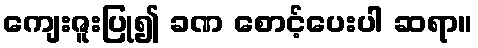
ကျေးဇူးပြု၍ ခဏ စောင့်ပေးပါ ဆရာ။